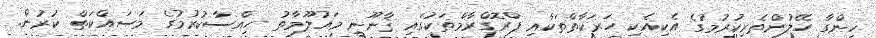
ހިންގާ ހޭލުންތެރިކުރުމުގެ އެކިއެކި ހަރަކާތްތަކާއި ޕްރޮގްރާމްތަކުގައި ޤާނޫނީ މައުލޫމާތު ހިއްސާކުރުމުގެ މަސައްކަތް ކުރުން.